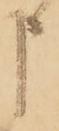
申